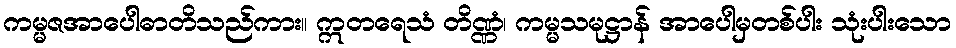
ကမ္မဇအာပေါဓာတိသည်ကား။ ဣတရေသံ တိဏ္ဏံ၊ ကမ္မသမုဋ္ဌာန် အာပေါမှတစ်ပါး သုံးပါးသော